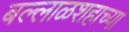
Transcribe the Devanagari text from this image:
बल्लाळशहाच्या